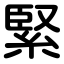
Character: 緊